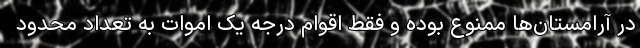
در آرامستان‌ها ممنوع بوده و فقط اقوام درجه یک اموات به تعداد محدود